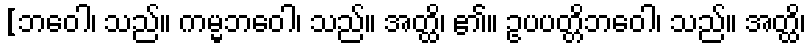
[ဘဝေါ၊ သည်။ ကမ္မဘဝေါ၊ သည်။ အတ္ထိ၊ ၏။ ဥပပတ္တိဘဝေါ၊ သည်။ အတ္ထိ၊